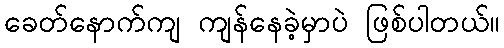
ခေတ်နောက်ကျ ကျန်နေခဲ့မှာပဲ ဖြစ်ပါတယ်။